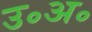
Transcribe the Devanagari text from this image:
उ॰अ॰